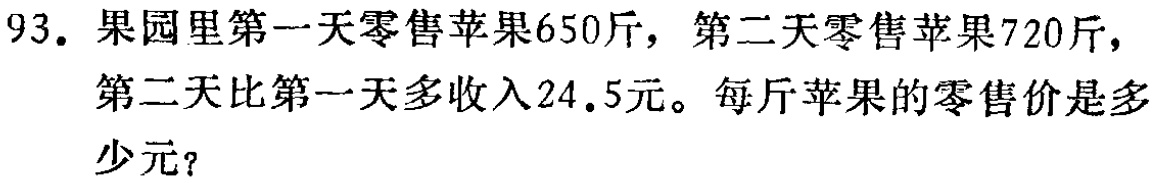
93. 果园里第一天零售苹果650斤，第二天零售苹果720斤，第二天比第一天多收入24.5元。每斤苹果的零售价是多少元？